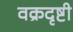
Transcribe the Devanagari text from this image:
वक्रदृष्टी